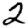
Digit: 2